Notes on vaccination in the North-West Frontier Province 1923-1928 - 1923-1928
Year: 1923
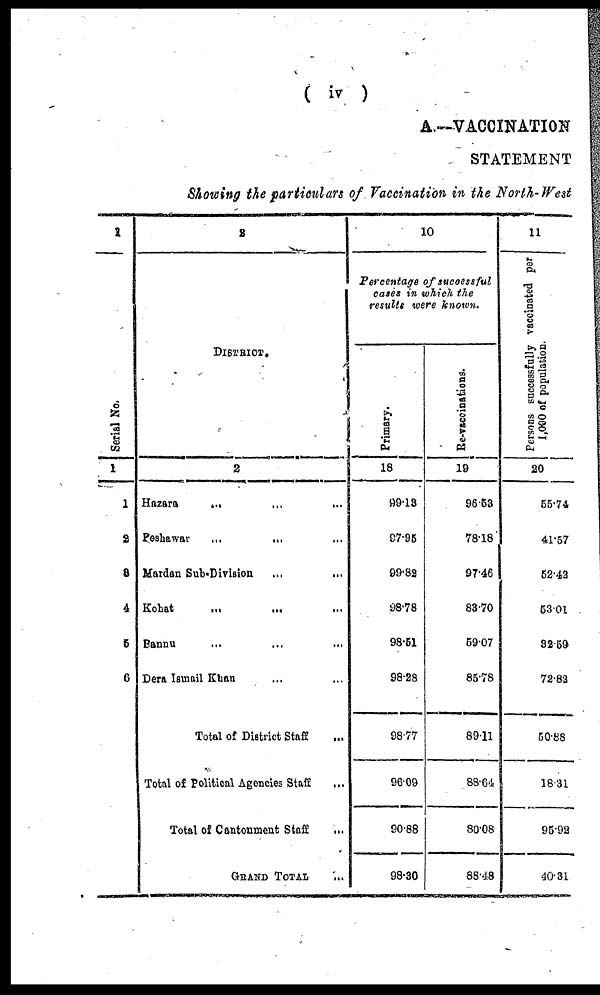
( iv )
A —VACCINATION
STATEMENT
Showing the particulars of Vaccination in the North-West
1
Serial No.
1
1
2
3
4
5
6
2
DISTRICT.
2
Hazara
... ... ...
Peshawar
...
... ...
Mardan Sub-Division ... ...
Kohat
...
...
...
Bannu ... ... ...
Dera Ismail Khan ... ...
Total of District Staff ...
Total of Political Agencies Staff ...
Total of Cantonment Staff ...
GRAND TOTAL ...
10
Percentage of successful
cases in which the
results were known.
Primary.
18
99.13
97.95
99.82
98.78
98.51
98.28
98.77
96.09
90.88
98.30
Re-vaccinations.
19
96.53
78.18
97.46
83.70
59.07
85.78
89.11
88.64
80.08
88.48
11
Persons successfully vaccinated per
1,000 of population.
20
55.74
41.57
52.42
53.01
32.59
72.82
50.88
18.31
95.92
40.31